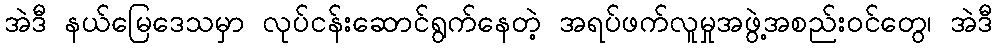
အဲဒီ နယ်မြေဒေသမှာ လုပ်ငန်းဆောင်ရွက်နေတဲ့ အရပ်ဖက်လူမှုအဖွဲ့အစည်းဝင်တွေ၊ အဲဒီ